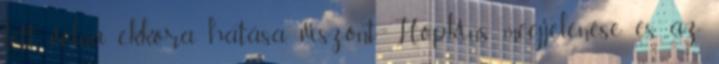
lett volna ekkora hatása, viszont Hopkins megjelenése és az